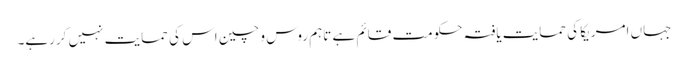
جہاں امریکا کی حمایت یافتہ حکومت قائم ہے تاہم روس و چین اس کی حمایت نہیں کررہے۔